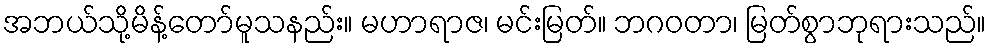
အဘယ်သို့မိန့်တော်မူသနည်း။ မဟာရာဇ၊ မင်းမြတ်။ ဘဂဝတာ၊ မြတ်စွာဘုရားသည်။